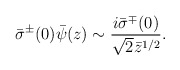
\begin{align*}\bar{\sigma}^\pm(0)\bar{\psi}(z)\sim \frac{i\bar{\sigma}^\mp(0)}{\sqrt{2}\bar{z}^{1/2}}.\end{align*}